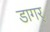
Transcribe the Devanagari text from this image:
डागर्